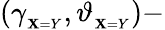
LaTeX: (\gamma_{_{\mathbf{X}=Y}},\vartheta_{_{\mathbf{X}=Y}})-